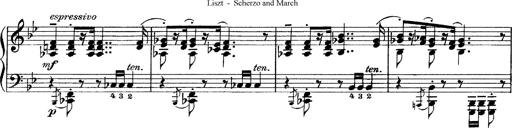
Title: Scherzo und Marsch
Composer: Franz Liszt